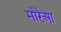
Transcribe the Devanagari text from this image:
मोरेआ